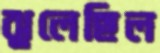
ঝুলেছিল